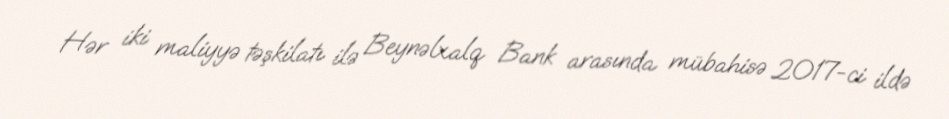
Hər iki maliyyə təşkilatı ilə Beynəlxalq Bank arasında mübahisə 2017-ci ildə